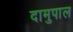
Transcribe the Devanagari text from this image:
दामुपाल